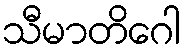
သီမာတိဂေါ